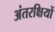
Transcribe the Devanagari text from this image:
अंतरक्षियों